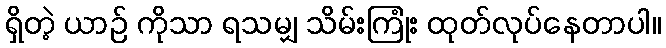
ရှိတဲ့ ယာဉ် ကိုသာ ရသမျှ သိမ်းကြုံး ထုတ်လုပ်နေတာပါ။